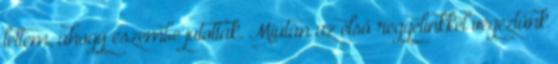
lettem, ahogy eszembe jutottak. Miután az első reggelinkkel végeztünk